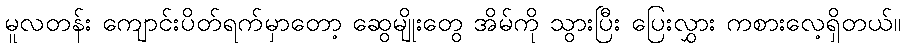
မူလတန်း ကျောင်းပိတ်ရက်မှာတော့ ဆွေမျိုးတွေ အိမ်ကို သွားပြီး ပြေးလွှား ကစားလေ့ရှိတယ်။